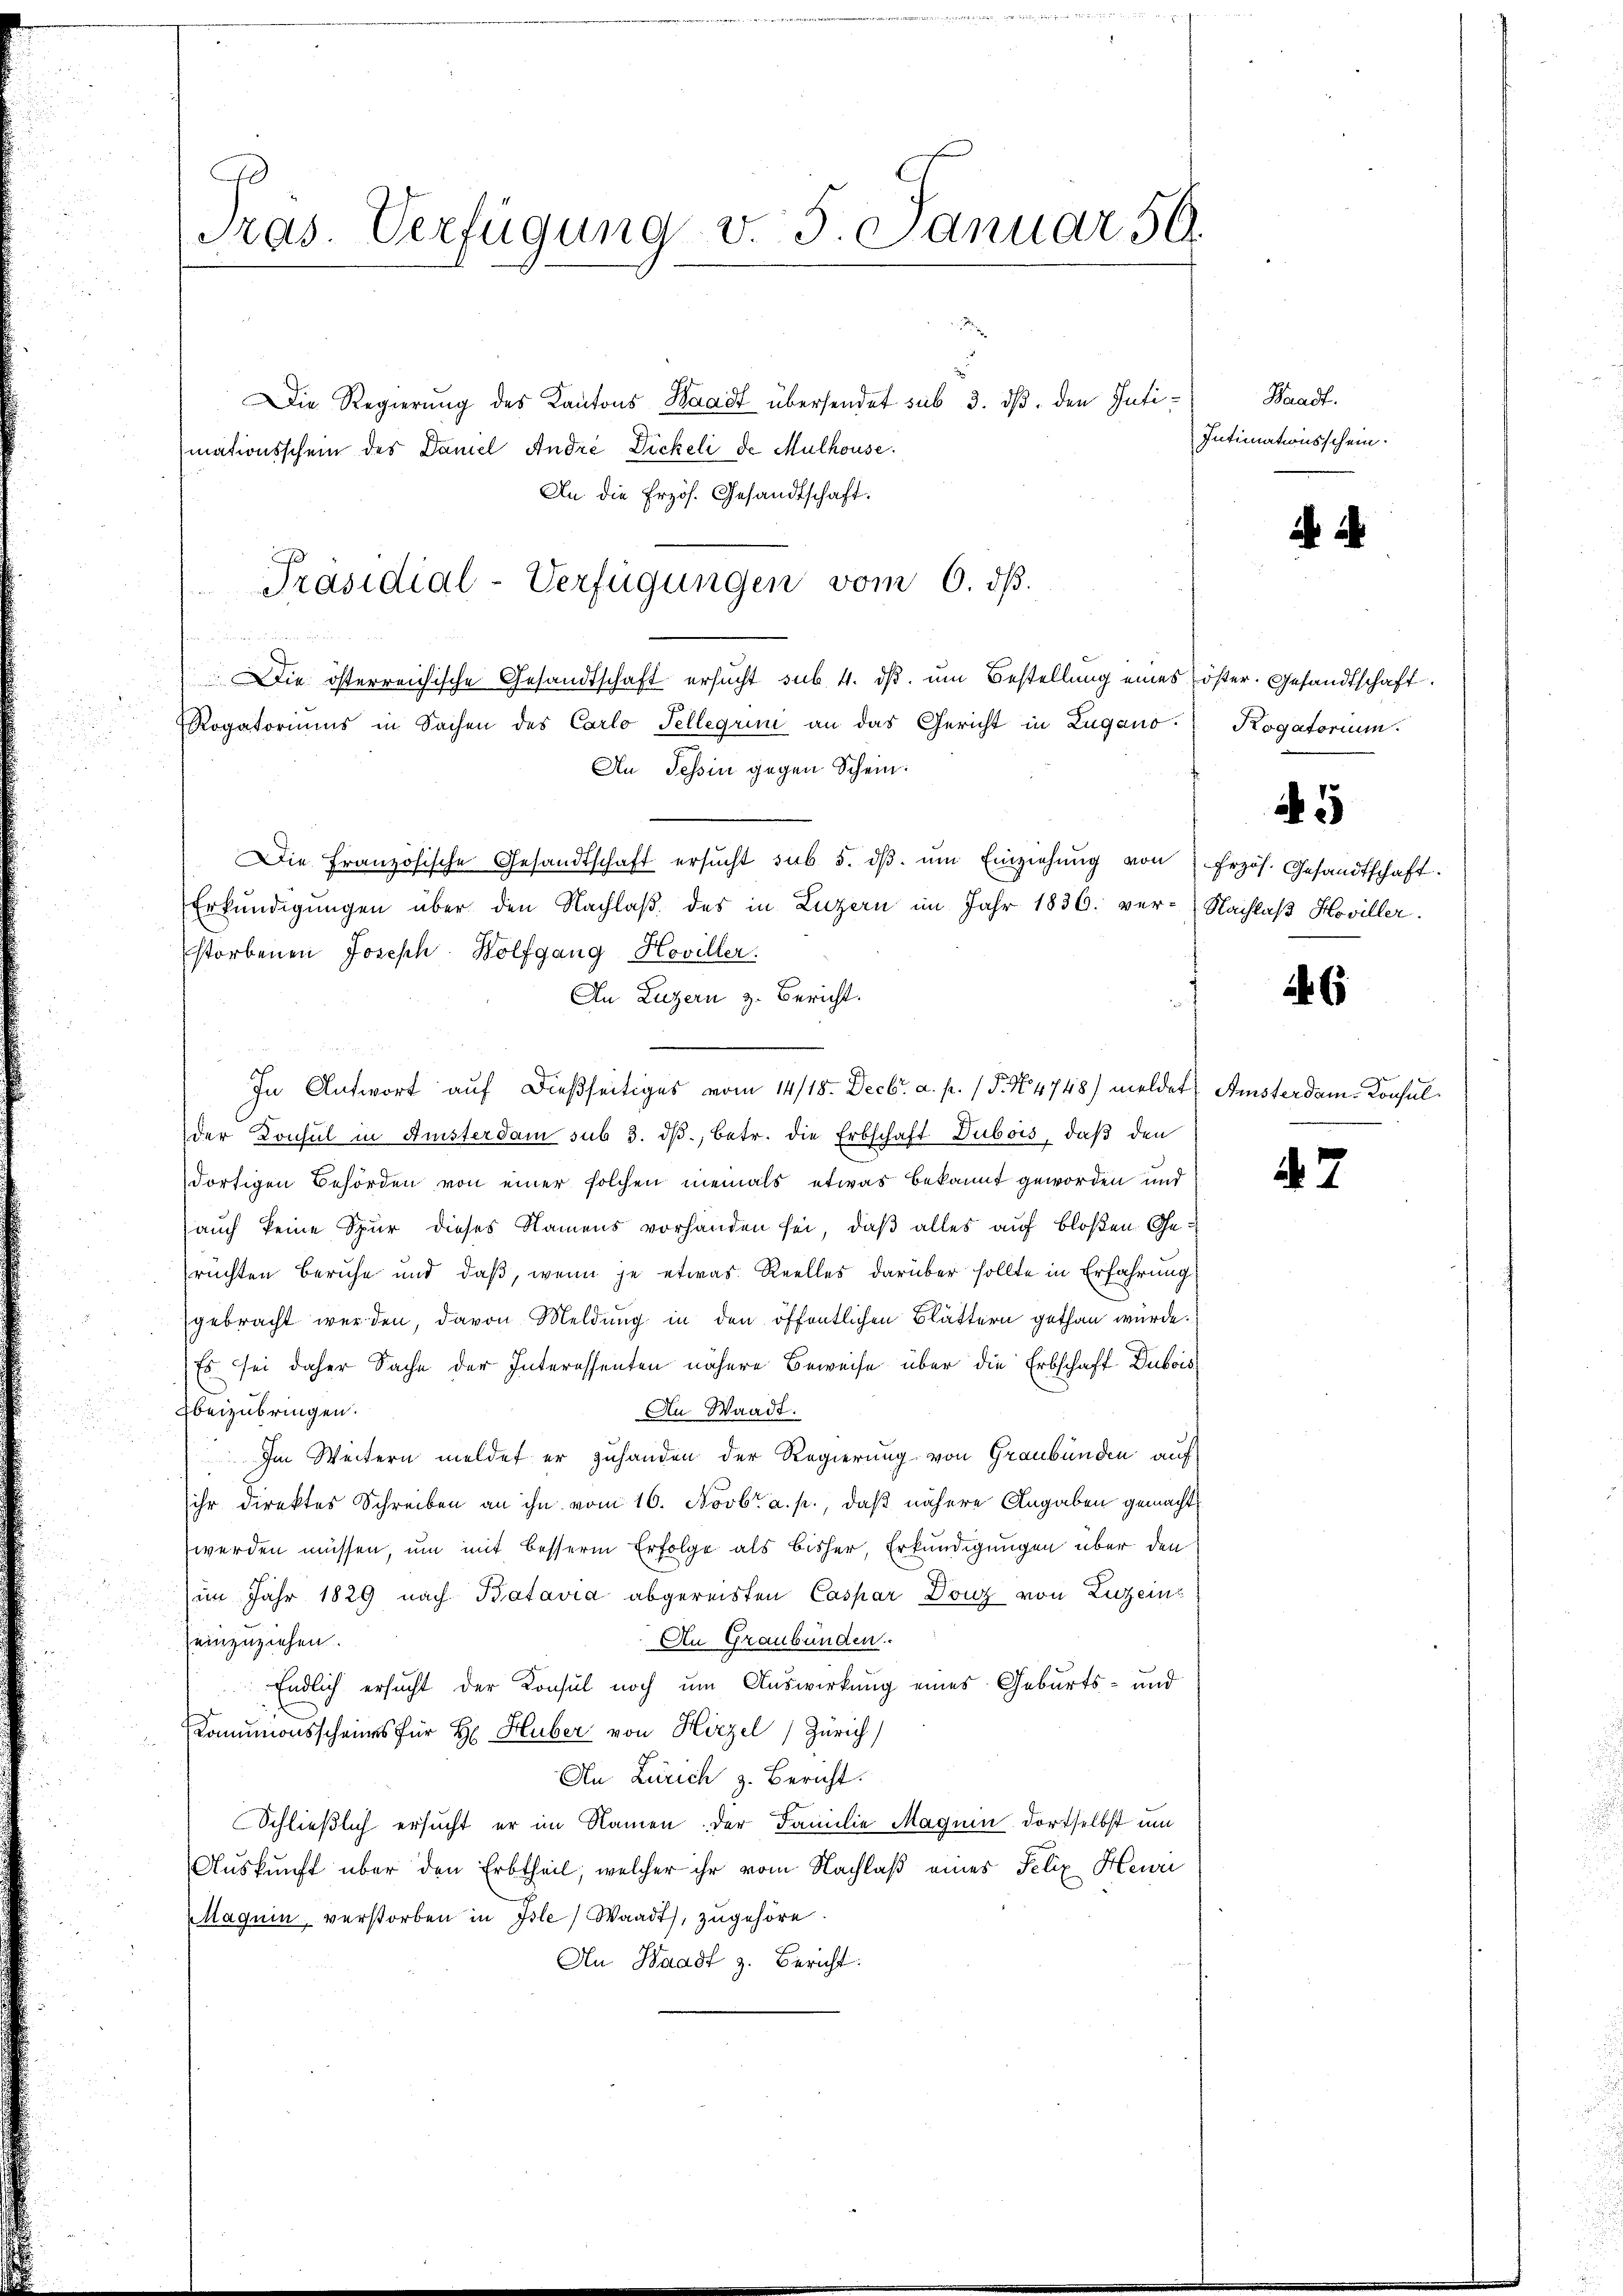
A
Tras. Verfügung v. 5. Januar 59.

Die Regierung des Kantons Waadt übersendet sub 3. ds. den Intimationsschein des Damel André Dickeli de Mulhouse.
An die Erzös. Gesandtschaft.
Die Französische Gesandtschaft ersŭcht sub 5. dβ ŭm Einziehŭng von Frzös. Gesandtschaft.
Erkŭndigŭngen über den Nachlaβ des in Luzern im Jahr 1836. ver-Nachlaβ Hoviller.
storbenen Joseph Wolfgang Hoviller.
An Luzern z. Bericht.
In Antwort auf dießseitiges vom 14/18. Decbr. a. p. (T. N. 4748) meldet. Amsterdam-Konsul
der Konsul in Ansterdam sub 3. dβ, betr. die Erbschaft Dubois, daß den
dortigen Behörden von einer solchen niemals etwas bekannt geworden und
auch keine Spur dieses Namens vorhanden sei, daß alles auf bloßen Gerüchten Beruhe und daß, wenn je etwas Reelles darüber sollte in Erfahrung
gebracht werden, davon Meldung in den öffentlichen Blättern gethan würde.
Es sei daher Sache der Interessenten nähere Beweise über die Erbschaft Dubois
Ebeizubringen.
An Waadt.
Im Weitern meldet er zuhanden der Regierung von Graubünden auf
ihr direktes Schreiben an ihn vom 16. Novbr. a. p., daß nähere Angaben gemacht
werden müssen, um mit besserm Erfolge als bisher, Erkundigungen über den
im Jahr 1829 nach Batavia abgereisten Caspar Donz von Luzern
einzuziehen.
An Graubünden.
Endlich ersucht der Konsul noch um Auswirkung eines Geburts- und
Komunionsscheines für H. Huber von Hirzel, Zürich
An Zürich z. Bericht.
Schließlich ersucht er im Namen der Familie Magnin dortselbst um
Auskunft über den Erbtheil, welcher ihr vom Nachlaß eines Felix Heuri
MMaquin verstorben in Isle) Waadt, zugehöre.
An Waadt z. Bericht.

Präsidial-Verfügungen vom 6. dβ.

Die österreichische Gesandtschaft ersucht sub. 4. ds. um Bestellung eines öster. Gesandtschaft
Rogatoriums in Sachen des Carlo Tellerin an das Gericht in Lugano. Rogatorium.
An Tessin gegen Schein:

Waadt.
Intimationsschein.

5

6

i 7